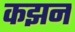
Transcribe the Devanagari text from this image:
कझन